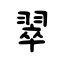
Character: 翠